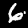
Label: 6